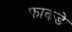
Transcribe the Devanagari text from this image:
फाकडे